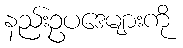
နည်းဥပဒေများကို